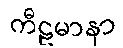
ကီဠမာနာ